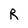
Character: R